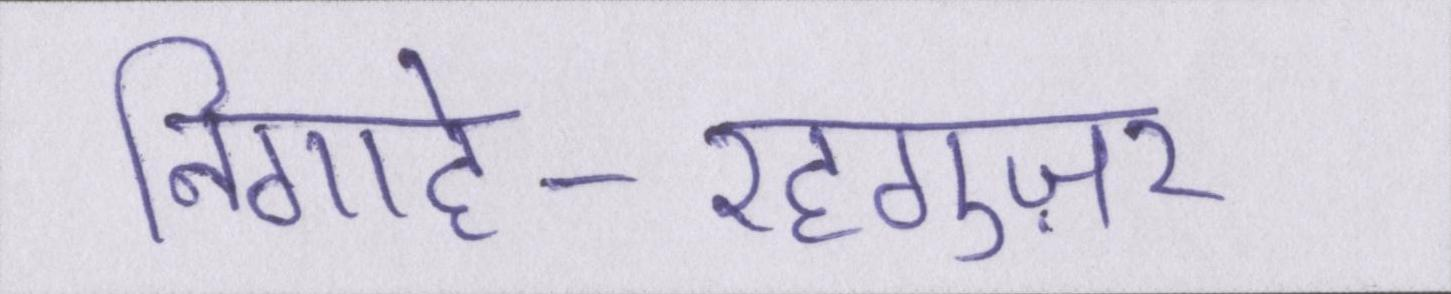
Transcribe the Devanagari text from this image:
निगाहे-रहगुज़र